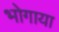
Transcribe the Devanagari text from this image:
भोगाया